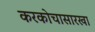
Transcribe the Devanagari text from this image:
करकोचासारखा